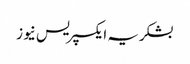
بشکریہ ایکسپریس نیوز